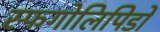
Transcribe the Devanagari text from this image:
स्फिंगोलिपिडों